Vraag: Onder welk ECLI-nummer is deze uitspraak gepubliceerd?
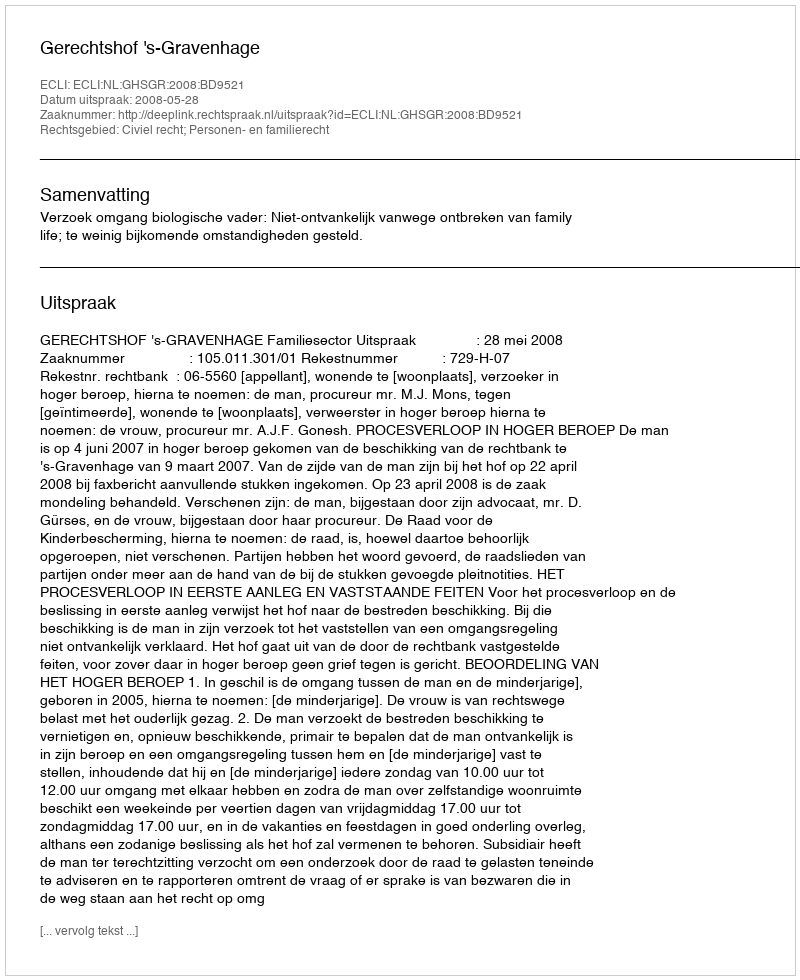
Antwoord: ECLI:NL:GHSGR:2008:BD9521